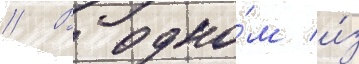
// В одно́м и́з